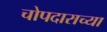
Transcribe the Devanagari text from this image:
चोपदाराच्या